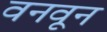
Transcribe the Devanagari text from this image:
वनवून